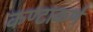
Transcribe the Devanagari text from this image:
कण्टाकर्ण